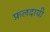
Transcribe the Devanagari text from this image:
फ़लदायी